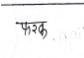
मजकूर: फरक